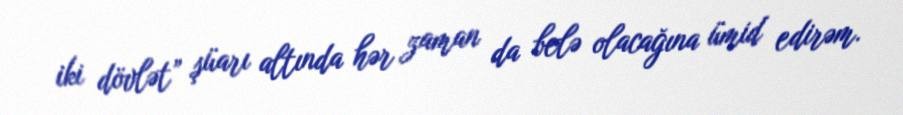
iki dövlət” şüarı altında hər zaman da belə olacağına ümid edirəm.